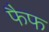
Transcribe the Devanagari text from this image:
फैफ